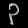
Digit: ၃